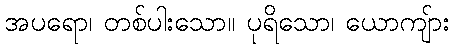
အပရော၊ တစ်ပါးသော။ ပုရိသော၊ ယောကျ်ား